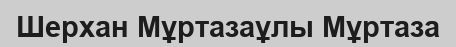
Шерхан Мұртазаұлы Мұртаза